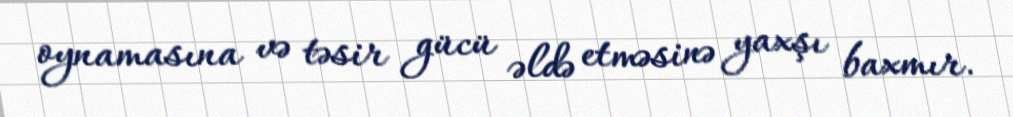
oynamasına və təsir gücü əldə etməsinə yaxşı baxmır.